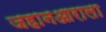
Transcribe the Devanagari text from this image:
जहानआराला